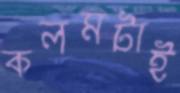
কলমটাই